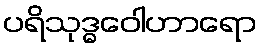
ပရိသုဒ္ဓဝေါဟာရော